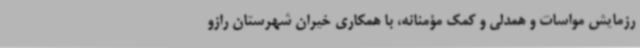
رزمایش مواسات و همدلی و کمک مؤمنانه، با همکاری خیران شهرستان رازو